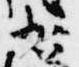
少